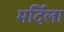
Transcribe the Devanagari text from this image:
मर्दिला